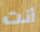
أنت